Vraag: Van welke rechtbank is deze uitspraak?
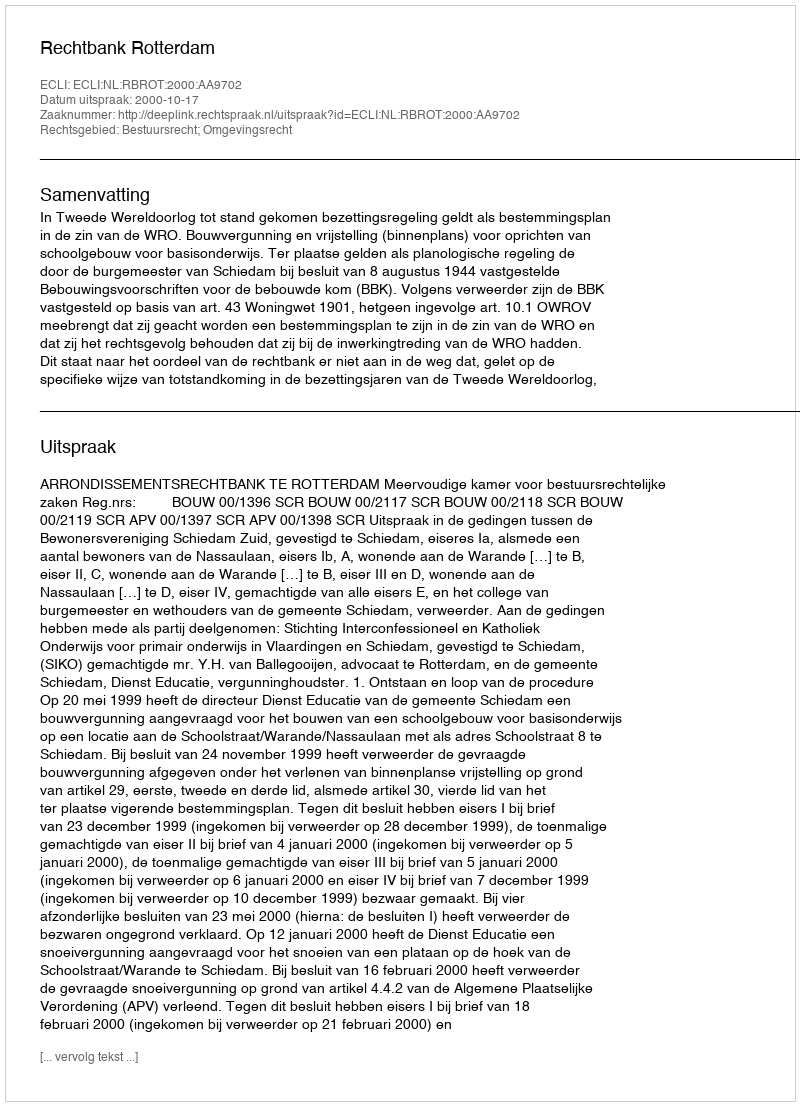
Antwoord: Rechtbank Rotterdam